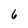
Character: 6